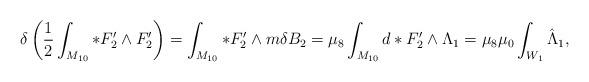
LaTeX: \begin{align*}\delta \left({1\over 2}\int_{M_{10}} *F_2' \wedge F_2'\right)=\int_{M_{10}} *F_2'\wedge m \delta B_2 =\mu_8 \int_{M_{10}} d*F_2' \wedge \Lambda_1=\mu_8 \mu_0 \int_{W_1} \hat{\Lambda}_1,\end{align*}